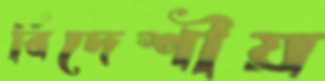
বিদেশীয়